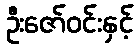
ဦးဇော်ဝင်းနှင့်